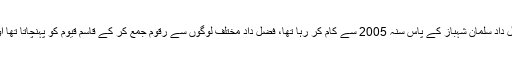
دوسرا ملزم فضل داد عباسی شریف گروپ کا پرانا ملازم ہے، ملزم فضل داد سلمان شہباز کے پاس سنہ 2005 سے کام کر رہا تھا، فضل داد مختلف لوگوں سے رقوم جمع کر کے قاسم قیوم کو پہنچاتا تھا اور قاسم مشکوک ٹرانزیکشنز سے رقوم شہباز خاندان کو منتقل کرتا تھا۔